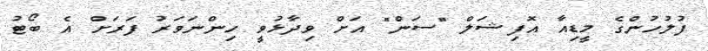
ފުލުހުންގެ މީޑިއާ އޮފިޝަލް "ސަން" އަށް ވިދާޅުވީ ހިންނަވަރު ފަރަށް އެ ބޯޓު